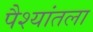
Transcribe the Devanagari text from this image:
पैश्‍यांतला